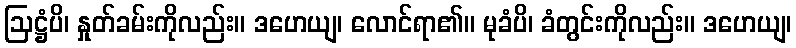
ဩဋ္ဌံပိ၊ နှုတ်ခမ်းကိုလည်း။ ဒဟေယျ၊ လောင်ရာ၏။ မုခံပိ၊ ခံတွင်းကိုလည်း။ ဒဟေယျ၊